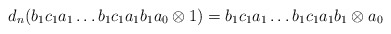
\begin{align*}d_n(b_1c_1a_1 \dots b_1c_1a_1b_1a_0 \otimes 1) = b_1c_1a_1 \dots b_1c_1a_1b_1 \otimes a_0\end{align*}